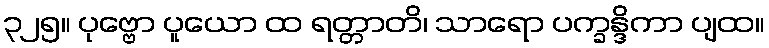
၃၂၅။ ပုဗ္ဗော ပူယော ထ ရတ္တာတိ၊ သာရော ပက္ခန္ဒိကာ ပျထ။